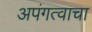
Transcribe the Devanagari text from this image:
अपंगत्वाचा